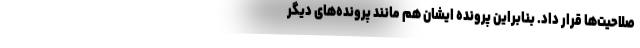
صلاحیت‌ها قرار داد. بنابراین پرونده ایشان هم مانند پرونده‌های دیگر